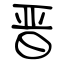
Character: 晋